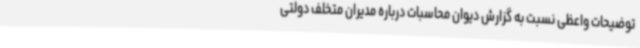
توضیحات واعظی نسبت به گزارش دیوان محاسبات درباره مدیران متخلف دولتی